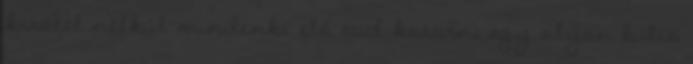
kivétel nélkül mindenki elő tud kotorni egy olyan bulis